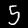
Label: 5